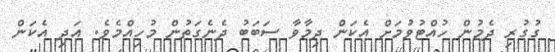
ގުގުރި ދެމުން ހުއްޓުވުމަށް އެކަން ދިމާވާ ސަބަބު ދެނެގަތުން މުހިއްމެވެ. އަދި އެކަން